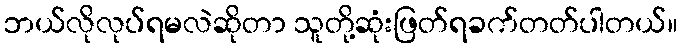
ဘယ်လိုလုပ်ရမလဲဆိုတာ သူတို့ဆုံးဖြတ်ရခက်တတ်ပါတယ်။